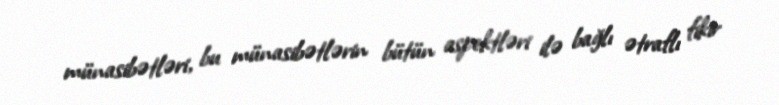
münasibətləri, bu münasibətlərin bütün aspektləri ilə bağlı ətraflı fikir